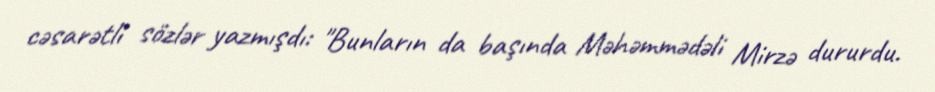
cəsarətli sözlər yazmışdı: "Bunların da başında Məhəmmədəli Mirzə dururdu.